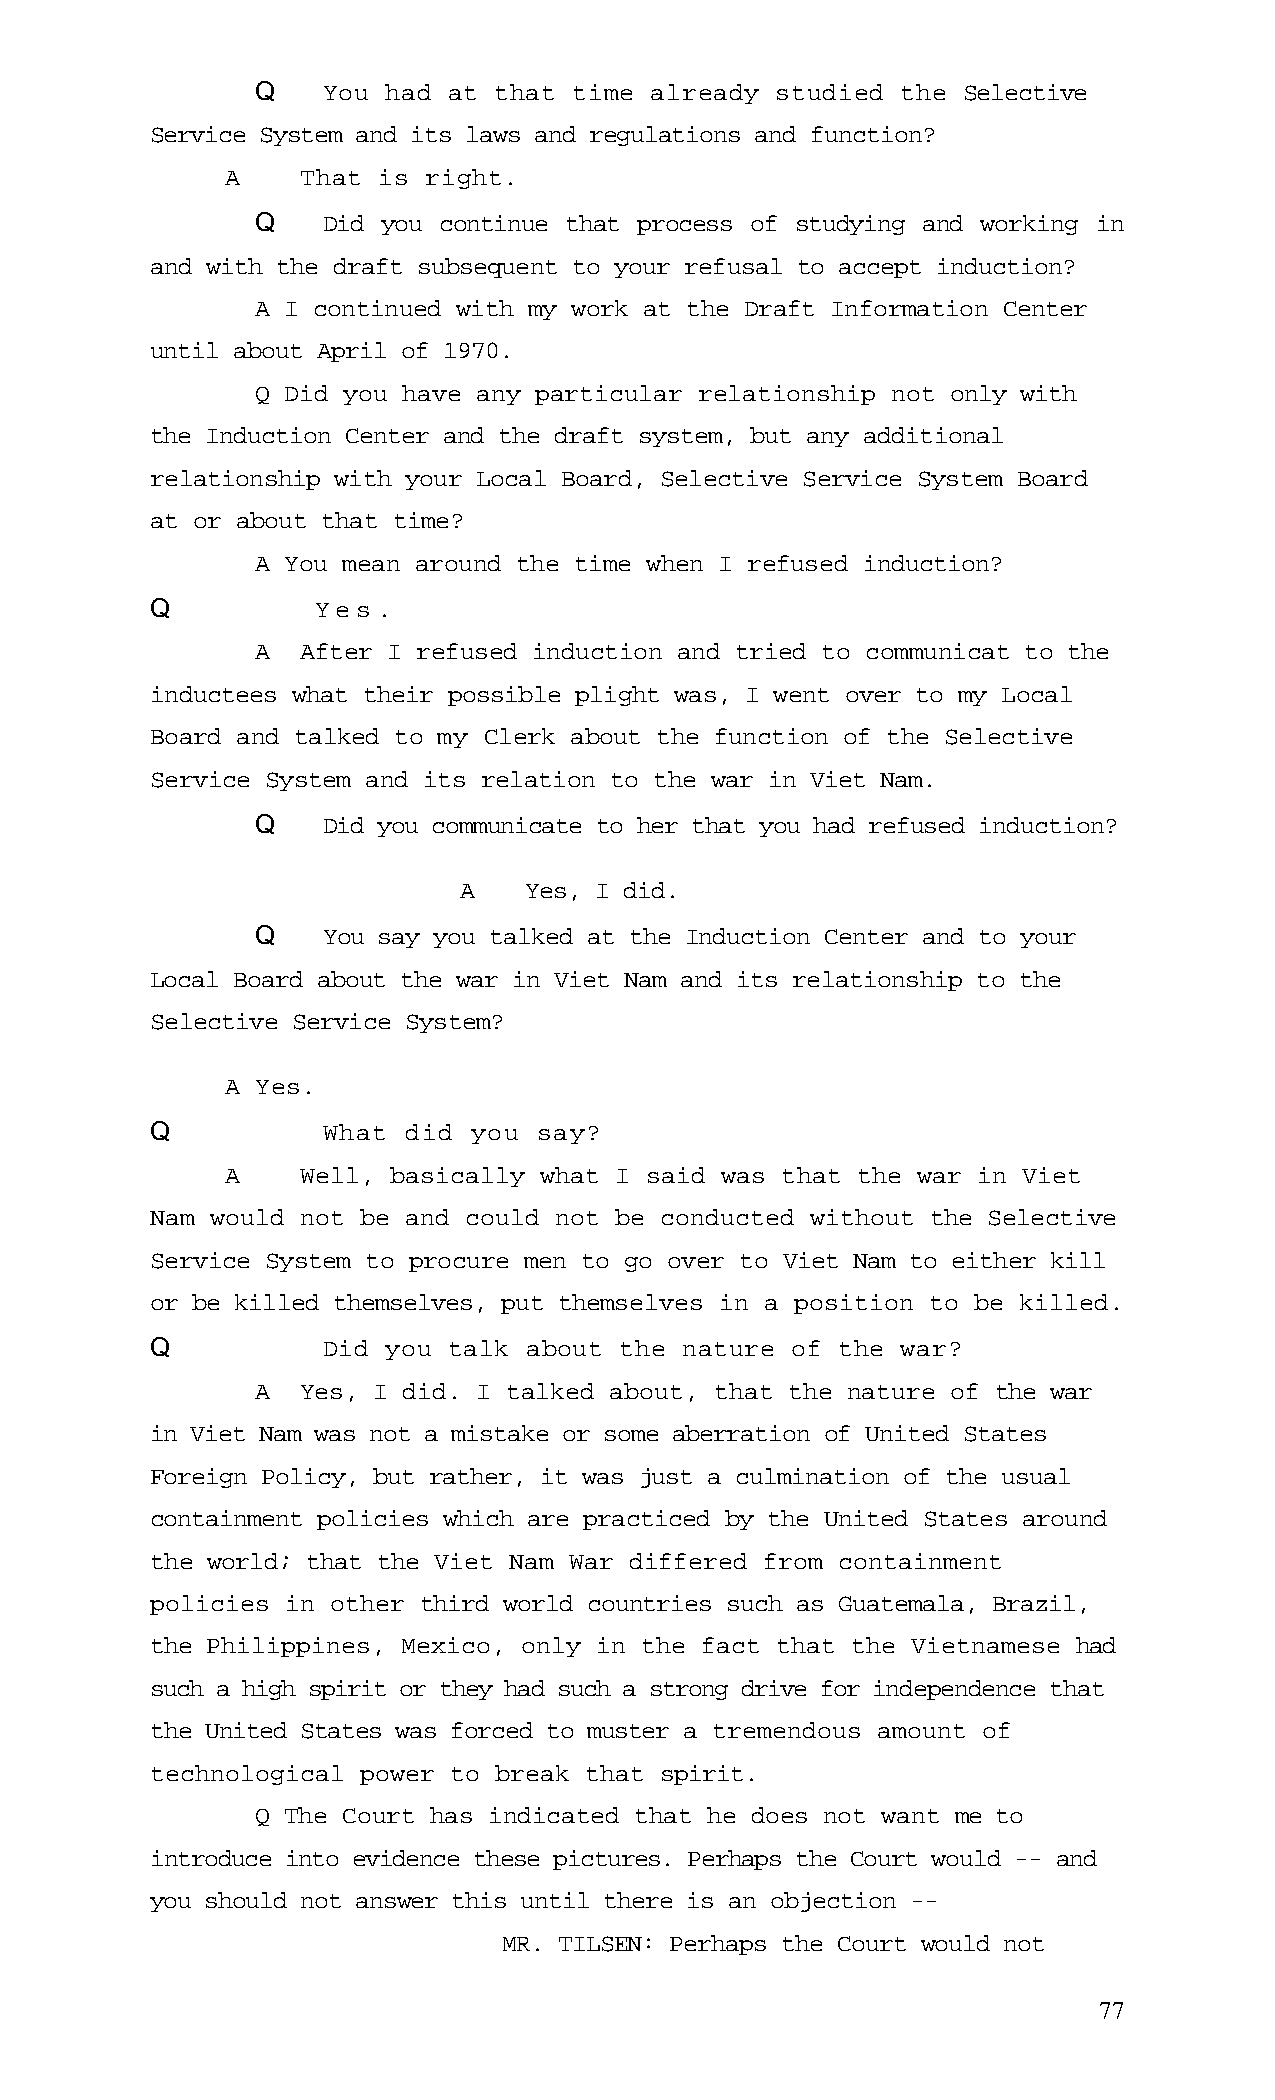
Q   You  had at that time already studied  the Selective
 Service System and its laws and regulations and function?
 A    That is right.
 Q   Did you continue that process of studying and working in
 and with the draft subsequent to your refusal to accept induction?
 A I continued with my work at the Draft Information Center
 until about April of 1970.
 Q Did you have any particular relationship not only with
 the Induction Center and the draft system, but any additional
 relationship with your Local Board, Selective Service System Board
 at or about that time?
 A You mean around the time when I refused induction?
 Q          Yes.
 A  After I refused induction and tried to communicat to the
 inductees what their possible plight was, I went over to my Local
 Board and talked to my Clerk about the function of the Selective
 Service System and its relation to the war in Viet Nam.
 Q   Did you communicate to her that you had refused induction?
 A    Yes, I did.
 Q   You say you talked at the Induction Center and to your
 Local Board about the war in Viet Nam and its relationship to the
 Selective Service System?
 A Yes.
 Q          What  did you  say?
 A    Well, basically what I said was that the war in Viet
 Nam would not be and could not be conducted without the Selective
 Service System to procure men to go over to Viet Nam to either kill
 or be killed themselves, put themselves in a position to be killed.
 Q          Did  you talk about the nature of the  war?
 A  Yes, I did. I talked about, that the nature of the war
 in Viet Nam was not a mistake or some aberration of United States
 Foreign Policy, but rather, it was just a culmination of the usual
 containment policies which are practiced by the United States around
 the world; that the Viet Nam War differed from containment
 policies in other third world countries such as Guatemala, Brazil,
 the Philippines, Mexico, only in the fact that the Vietnamese had
 such a high spirit or they had such a strong drive for independence that
 the United States was forced to muster a tremendous amount of
 technological power to break that spirit.
 Q The Court has indicated that he does not want me to
 introduce into evidence these pictures. Perhaps the Court would -- and
 you should not answer this until there is an objection --
 MR. TILSEN: Perhaps the Court would not
 77